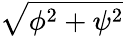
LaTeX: \sqrt{\phi^{2}+\psi^{2}}